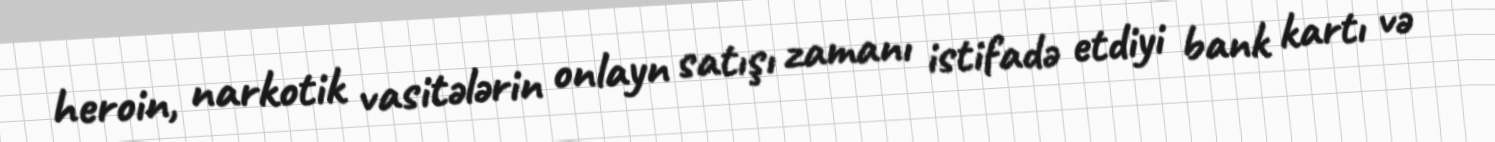
heroin, narkotik vasitələrin onlayn satışı zamanı istifadə etdiyi bank kartı və